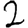
Digit: 2